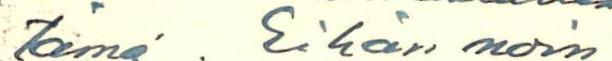
tämä. Eihän noin